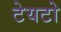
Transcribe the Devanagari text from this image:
टेयटो